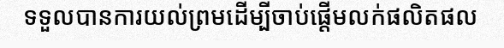
ទទួលបានការយល់ព្រមដើម្បីចាប់ផ្តើមលក់ផលិតផល